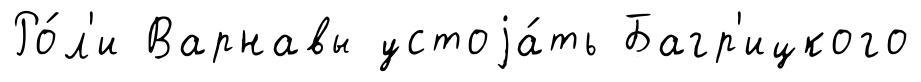
Ро́л'и Варнавы устоjа́ть Багр'ицкого